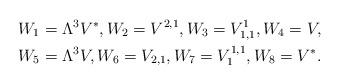
LaTeX: \begin{gather*}W_1=\Lambda^3V^*,W_2=V^{2,1},W_3=V_{1,1}^1 ,W_4=V,\\W_5=\Lambda^3V,W_6=V_{2,1},W_7=V^{1,1}_1 ,W_8=V^*.\end{gather*}